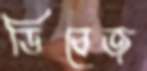
ডিবেজ